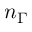
n _ { \Gamma }